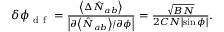
\begin{array} { r } { { \delta \phi _ { \mathrm { ~ d ~ f ~ } } = \frac { \left\langle \Delta \hat { N } _ { a b } \right\rangle } { \left\vert \partial \left\langle \hat { N } _ { a b } \right\rangle / \partial \phi \right\vert } = \frac { \sqrt { B N } } { 2 C N \left\vert \sin \phi \right\vert } } . } \end{array}